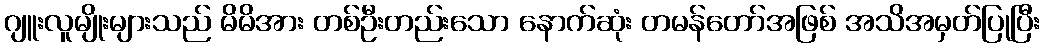
ဂျူးလူမျိုးများသည် မိမိအား တစ်ဦးတည်းသော နောက်ဆုံး တမန်တော်အဖြစ် အသိအမှတ်ပြုပြီး